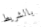
بالشريط